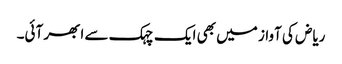
ریاض کی آواز میں بھی ایک چہک سے ابھر آئی۔